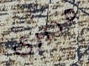
مديري